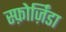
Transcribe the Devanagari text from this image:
स्फ़ोर्ज़िंडा